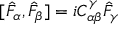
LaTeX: [ \hat { F } _ { \alpha } , \hat { F } _ { \beta } ] = i C _ { \alpha \beta } ^ { \gamma } \hat { F } _ { \gamma }